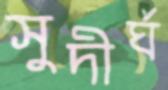
সুদীর্ঘ